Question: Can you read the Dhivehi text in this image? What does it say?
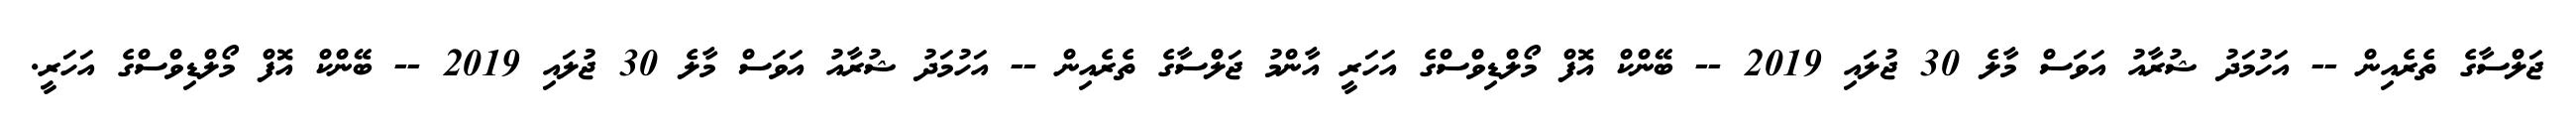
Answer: ޖަލްސާގެ ތެރެއިން -- އަހުމަދު ޝުރާއު އަވަސް މާލެ 30 ޖުލައި 2019 -- ބޭންކް އޮފް މޯލްޑިވްސްގެ އަހަރީ އާންމު ޖަލްސާގެ ތެރެއިން -- އަހުމަދު ޝުރާއު އަވަސް މާލެ 30 ޖުލައި 2019 -- ބޭންކް އޮފް މޯލްޑިވްސްގެ އަހަރީ.